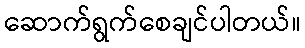
ဆောက်ရွက်စေချင်ပါတယ်။